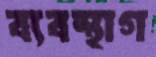
ব্যবস্থাগ